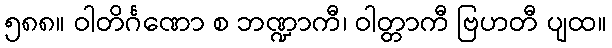
၅၈၈။ ဝါတိင်္ဂဏော စ ဘဏ္ဍာကီ၊ ဝါတ္တာကီ ဗြဟတီ ပျထ။